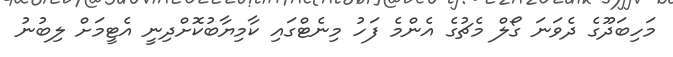
މަހިބަދޫގެ ދެވަނަ ގޯލް މެޗުގެ އެންމެ ފަހު މިނެޓްގައި ކާމިޔާބުކޮށްދިނީ އެޓީމަށް ލިބުނު